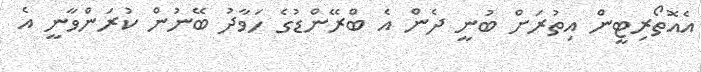
އެއޮތޯރިޓީން އިތުރަށް ބުނީ ދެން އެ ބްރޭންޑުގެ ހަވާދު ބޭނުން ކުރަންވާނީ އެ